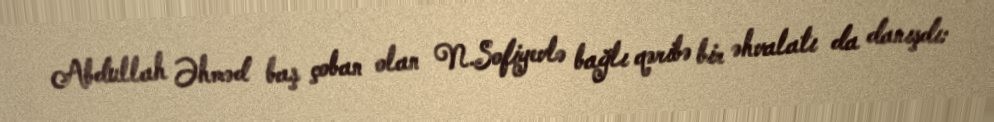
Abdullah Əhməd baş çoban olan N.Sofiyevlə bağlı qəribə bir əhvalatı da danışdı: